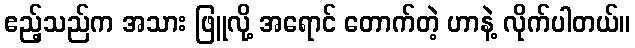
ဧည့်သည်က အသား ဖြူလို့ အရောင် တောက်တဲ့ ဟာနဲ့ လိုက်ပါတယ်။